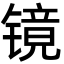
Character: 镜